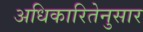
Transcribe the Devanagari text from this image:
अधिकारितेनुसार